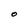
Character: O